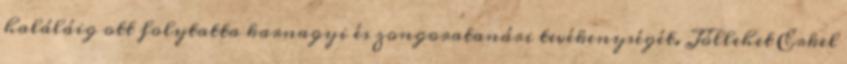
haláláig ott folytatta karnagyi és zongoratanári tevékenységét. Jóllehet Erkel